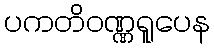
ပကတိဝဏ္ဏရူပေန